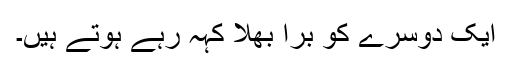
ایک دوسرے کو برا بھلا کہہ رہے ہوتے ہیں۔